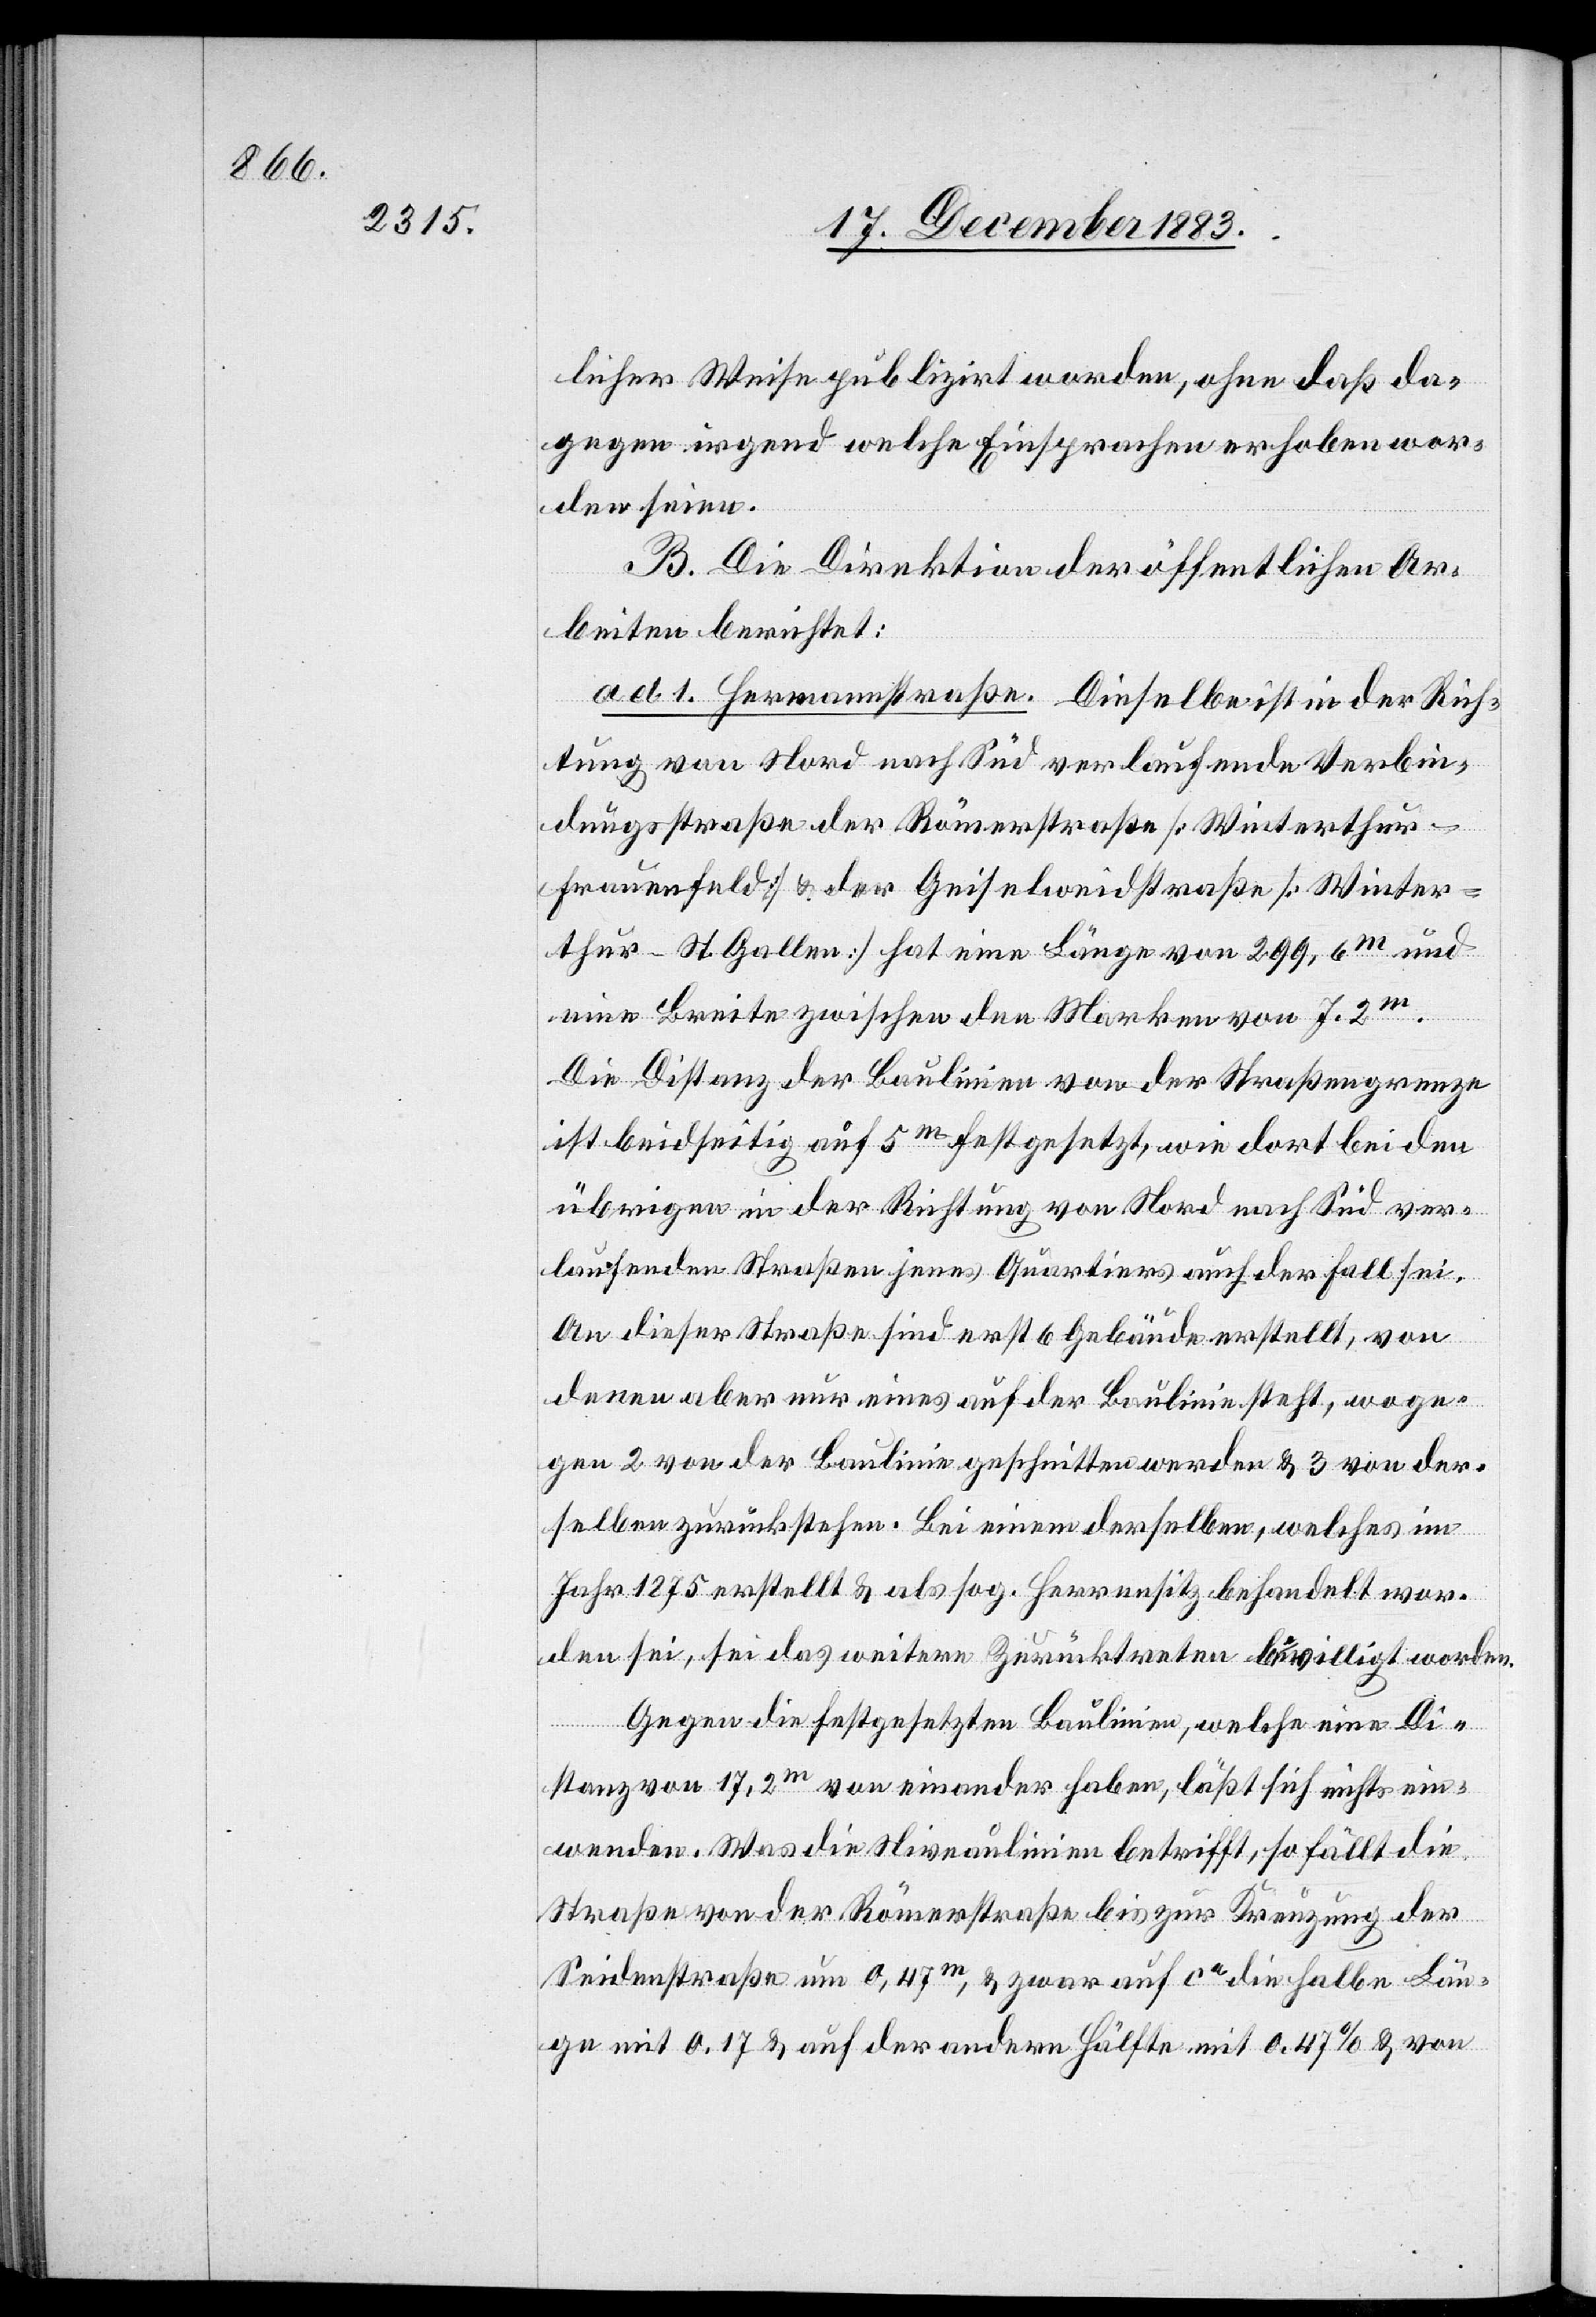
licher Weise publizirt worden, ohne daß da¬
gegen irgend welche Einsprachen erhoben wor¬
den seien.
B. Die Direktion der öffentlichen Ar¬
beiten berichtet:
ad 1. Hermannstraße. Dieselbe ist in der Rich¬
tung von Nord nach Süd verlaufende Verbin¬
dungsstraße der Römerstraße [Winterthur–F¬
rauenfeld] & der Geiselweidstraße [Winter¬
thur–St. Gallen] hat eine Länge von 299,6m und
eine Breite zwischen den Marken von 7,2m.
Die Distanz der Baulinien von der Straßengrenze
ist beidseitig auf 5m festgesetzt, wie dort bei den
übrigen in der Richtung von Nord nach Süd ver¬
laufenden Straßen jenes Quartiers auch der Fall sei.
An dieser Straße sind erst 6 Gebäude erstellt, von
denen aber nur eines auf der Baulinie steht, woge¬
gen 2 von der Baulinie geschnitten werden & 3 von der¬
selben zurückstehen. Bei einem derselben, welches im
Jahr 1875 erstellt & als sog. Herrensitz behandelt wor¬
den sei, sei das weitere Zurücktreten bewilligt worden.
Gegen die festgesetzten Baulinien, welche eine Di¬
stanz von 17,2m von einander haben, läßt sich nichts ein¬
wenden. Was die Niveaulinien betrifft, so fällt die
Straße von der Römerstraße bis zur Kreuzung der
Seidenstraße um 0,47m, & zwar auf ca die halbe Län¬
ge mit 0,17 & auf der andern Hälfte mit 0,47% & von